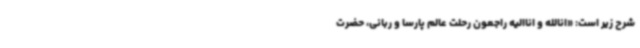
شرح زیر است: «انالله و اناالیه راجعون رحلت عالم پارسا و ربانی، حضرت